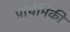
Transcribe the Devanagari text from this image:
प्रथिमिकी